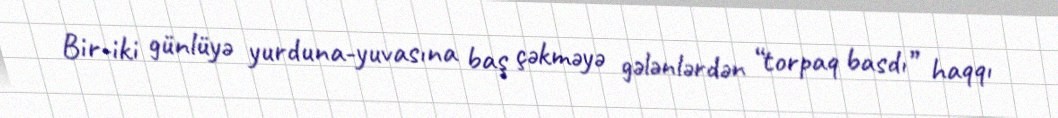
Bir-iki günlüyə yurduna-yuvasına baş çəkməyə gələnlərdən “torpaq basdı” haqqı